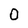
Character: 0